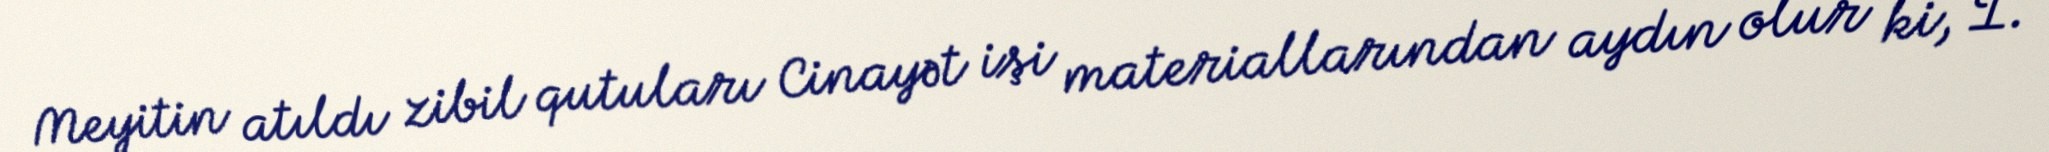
Meyitin atıldı zibil qutuları Cinayət işi materiallarından aydın olur ki, İ.